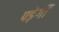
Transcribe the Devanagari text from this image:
पड़ेगीं